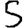
Digit: 5